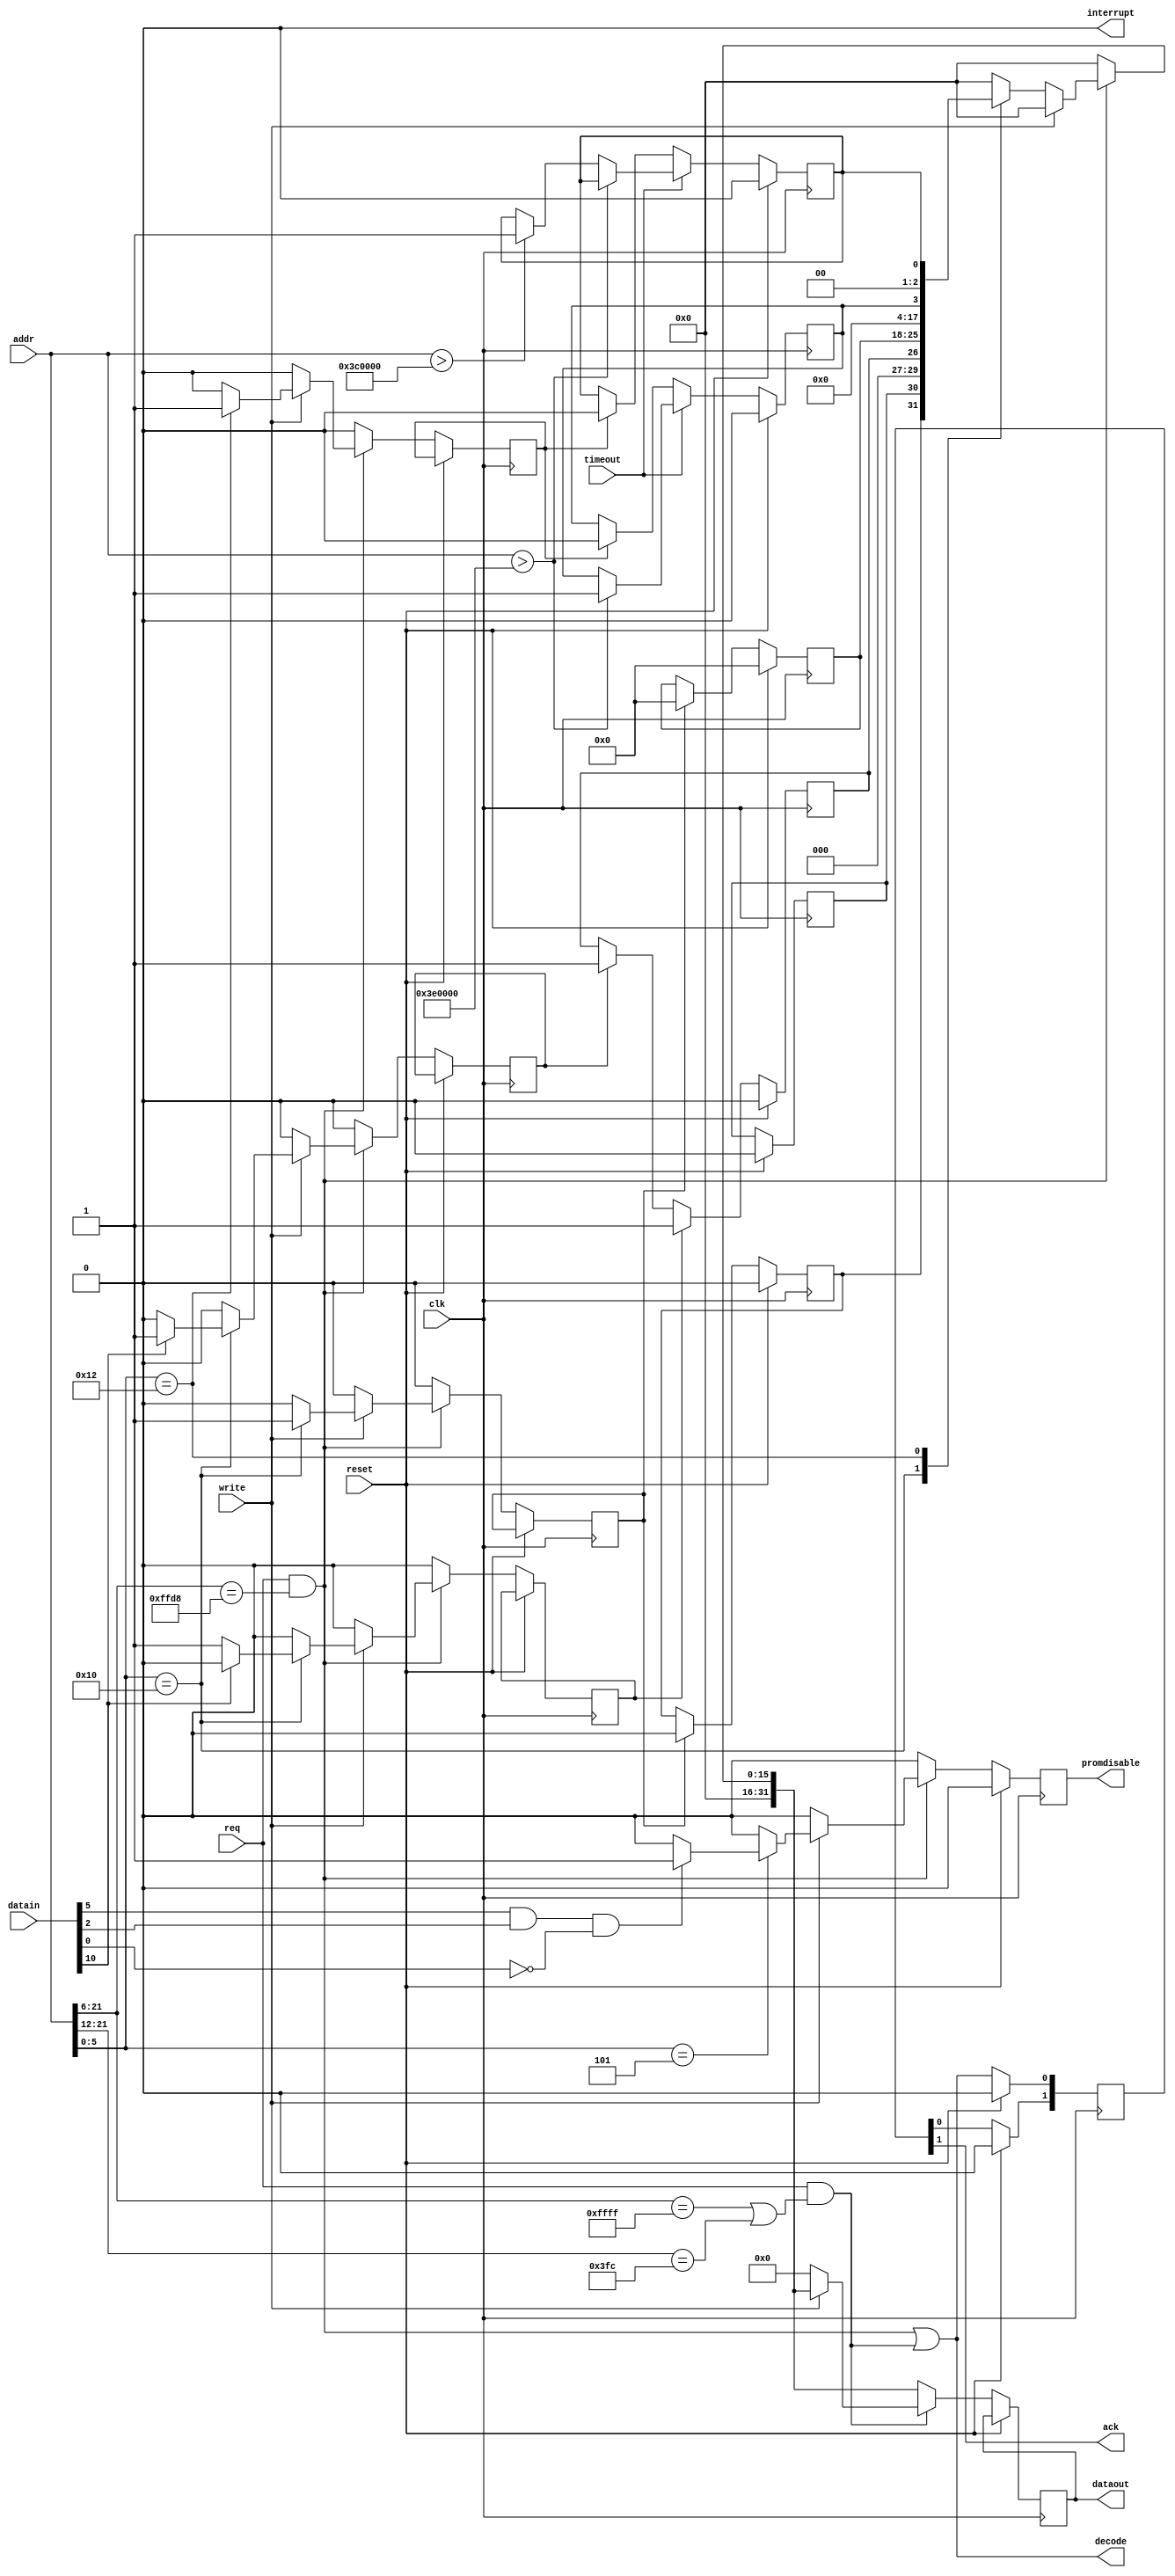
/*
 * xbus-unibus.v
 * $Id$
 */

`ifndef DBG_DLY
`define DBG_DLY
`endif

module xbus_unibus(
		   reset, clk,
		   addr, datain, dataout,
		   req, ack, write, decode,
		   interrupt, promdisable, timeout
		   );

   input reset;
   input clk;
   input [21:0] addr;		/* request address */
   input [31:0] datain;		/* request data */
   input 	req;		/* request */
   input 	write;		/* request read#/write */
   input 	timeout;
   
   output [31:0] dataout;
reg [31:0] 	 dataout;
   
   output 	 ack;		/* request done */
   output 	 decode;	/* request addr ok */
   output 	 interrupt;

   output 	 promdisable;
   reg 		 promdisable;
   
   // --------------------------------------------------------------
   
   reg [1:0]	 ack_delayed;
   wire [5:0] 	 offset;

   wire 	 in_unibus;
   wire 	 in_other;

   wire 	 decode_unibus;
   wire 	 decode_other;

   reg 		 clear_bus_status;
   reg 		 clear_bus_ints;
   reg 		 set_unibus_int_en;
   reg 		 clear_unibus_int_en;

   wire [31:0] 	 bus_status;
   wire [31:0]	 bus_ints;

   reg 		 unibus_nxm;	/* unibus timeout */
   reg 		 xbus_nxm;	/* xbus timeout */
   
   reg 		 xbus_int;
   reg 		 unibus_int;
   reg 		 unibus_int_en;
   reg [7:0] 	 unibus_vector;
   

   // address decodes
   assign 	 in_unibus = ({addr[21:6], 6'b0} == 22'o17773000);
   assign 	 in_other  =
			    ({addr[21:6],   6'b0} == 22'o17777700) |
   			    ({addr[21:12], 12'b0} == 22'o17740000);
   // 766000-766777 spy, mode, unibus, two machine lashup
   
   assign 	 decode_unibus = req & in_unibus;
   assign 	 decode_other = req & in_other;

   assign 	 decode = decode_unibus || decode_other;

   assign 	 ack = ack_delayed[1];

   assign 	 interrupt = 0;

   assign 	 offset = addr[5:0];

   // bus interrupts & status
   assign 	 bus_status = {  28'b0, unibus_nxm, 2'b0, xbus_nxm };

   assign  	 bus_ints = { 14'b0,
			      2'b0, unibus_int,
			      xbus_int, 2'b0,
			      1'b0, unibus_int_en, unibus_vector, 2'b0 };

   
   always @(posedge clk)
     if (reset)
       ack_delayed <= 0;
     else
       begin
	  ack_delayed[0] <= decode;
	  ack_delayed[1] <= ack_delayed[0];
       end

   always @(posedge clk)
     if (reset)
       begin
	  promdisable = 0;
       end
     else
     begin
	promdisable = 0;
	clear_bus_status = 0;
	clear_bus_ints = 0;
	set_unibus_int_en = 0;
	clear_unibus_int_en = 0;
	dataout = 0;
	
	if (decode_unibus)
	  if (write)
	    begin
`ifdef debug
               `DBG_DLY $display("unibus: write @%o <- %o; %t", addr, datain, $time);
`endif
	       /* verilator lint_off CASEINCOMPLETE */
	       case (offset)

		 6'o05:
		   begin
		      if (datain[5] && datain[2] && ~datain[0])
			promdisable = 1;
		   end

		 6'o20:
		   begin
		      if (datain[10])
			set_unibus_int_en = 1;
		      else
			clear_unibus_int_en = 1;
		 
		      clear_bus_ints = 1;
		   end
		 
		 6'o22:
		   clear_bus_status = 1;

	       endcase
	       /* verilator lint_on CASEINCOMPLETE */
	    end
	  else
	    begin
`ifdef debug
               `DBG_DLY $display("unibus: read @%o", addr);
`endif

	       /* verilator lint_off CASEINCOMPLETE */
	       case (offset)
		 6'o20:
		   begin
		      dataout = bus_ints;
`ifdef debug
		      $display("unibus: read ints %o", bus_ints);
`endif
		   end
		 6'o22:
		   begin
		      dataout = bus_status;
`ifdef debug
		      $display("unibus: read status %o", bus_status);
`endif
		   end
	       endcase
	       /* verilator lint_on CASEINCOMPLETE */
	    end

	if (decode_other)
	  if (write)
	    begin
`ifdef debug
               `DBG_DLY $display("unibus: other write @%o <- %o", addr, datain);
`endif
	    end
	  else
	    begin
`ifdef debug
               `DBG_DLY $display("unibus: other read @%o", addr);
`endif
	       dataout = 0;
	    end

     end


   always @(posedge clk)
     if (reset)
       begin
	  xbus_int <= 1'b0;
	  unibus_int <= 1'b0;
	  unibus_vector <= 8'b0;

	  unibus_int_en <= 1'b0;
       end
     else
       begin
	  if (clear_bus_ints)
	    begin
	       unibus_int <= 1'b0;
	       unibus_vector <= 8'b0;
	    end
	  if (set_unibus_int_en)
	    unibus_int_en <= 1'b1;
	  if (clear_unibus_int_en)
	    unibus_int_en <= 1'b1;
       end

   always @(posedge clk)
     if (reset)
       begin
	  unibus_nxm <= 1'b0;
	  xbus_nxm <= 1'b0;
       end
     else
       if (timeout)
	 begin
	    if (addr > 22'o17400000)
	      begin
`ifdef debug
		 $display("unibus: timeout %o", addr);
`endif
		 unibus_nxm <= 1'b1;
	      end
	    else
	      if (addr > 22'o17000000)
		begin
`ifdef debug
		 $display("xbus: timeout %o", addr);
`endif
		   xbus_nxm <= 1'b1;
		end
	 end
       else
	 if (clear_bus_status)
	   begin
`ifdef debug
		 $display("unibus: clear timeouts; %t", $time);
`endif
	       unibus_nxm <= 1'b0;
	       xbus_nxm <= 1'b0;
	    end

endmodule